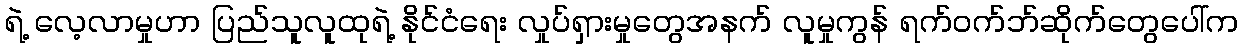
ရဲ့ လေ့လာမှုဟာ ပြည်သူလူထုရဲ့ နိုင်ငံရေး လှုပ်ရှားမှုတွေအနက် လူမှုကွန် ရက်ဝက်ဘ်ဆိုက်တွေပေါ်က